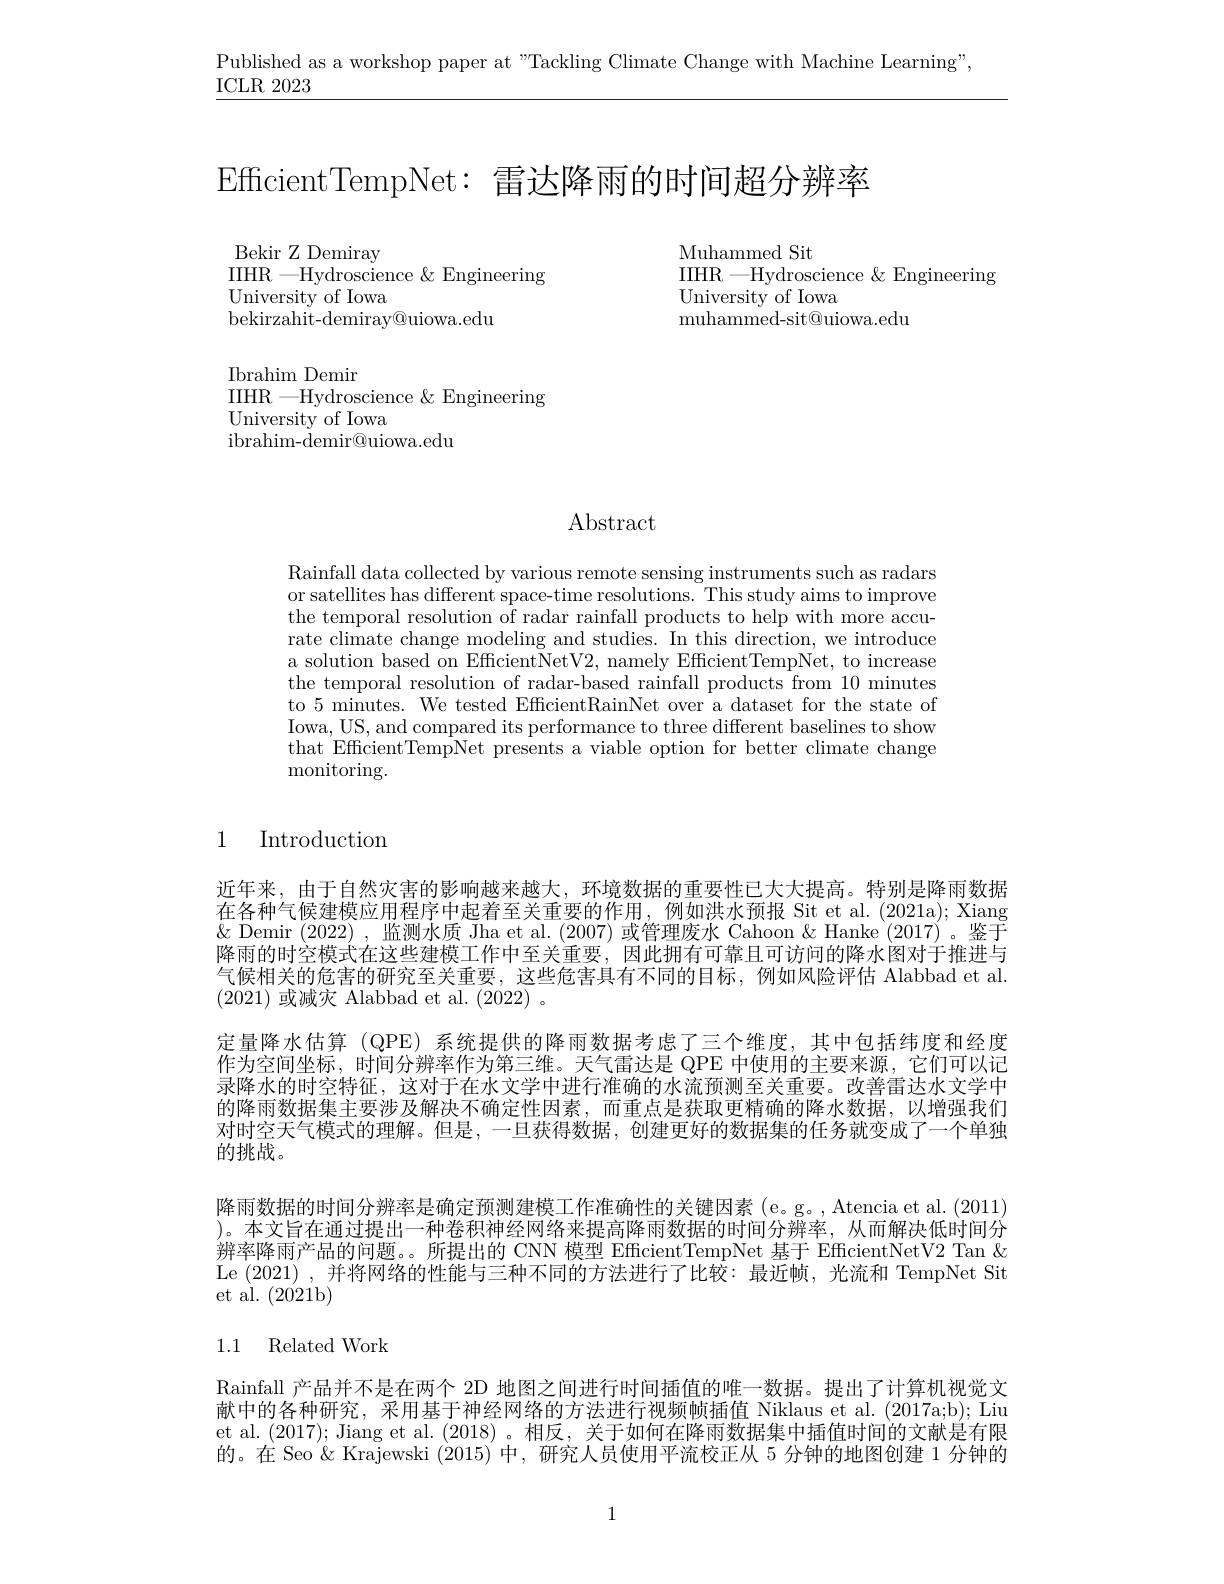
Published as a workshop paper at "Tackling Climate Change with Machine Learning",

ICLR 2023

EfficientTempNet: 雷达降雨的时间超分辨率

${\mathrm{Muhammed~Sit}}$
IIHR —Hydroscience & Engineering
University of Iowa
${\mathrm{muhammed-sit@uiowa.edu}}$

Bekir Z Demiray
IIHR —Hydroscience $\&$ Engineering
University of Iowa
bekirzahit-demiray@uiowa.edu

Ibrahim Demir
IIHR —Hydroscience & Engineering
$\mathop{\mathrm{University~of~Iowa}}$
${\mathrm{ibrahim-demir@uiowa.edu}}$

Abstract

Rainfall data collected by various remote sensing instruments such as radars or satellites has different space-time resolutions. This study aims to improve the temporal resolution of radar rainfall products to help with more accurate climate change modeling and studies. In this direction, we introduce a solution based on EfficientNetV2, namely EfficientTempNet, to increase the temporal resolution of radar-based rainfall products from 10 minutes to 5 minutes. We tested EffcientRainNet over a dataset for the state of Iowa, US, and compared its performance to three different baselines to show that EfficientTempNet presents a viable option for better climate change monitoring.

## 1 Introduction

近年来，由于自然灾害的影响越来越大，环境数据的重要性已大大提高。特别是降雨数据在各种气候建模应用程序中起着至关重要的作用，例如洪水预报 Sit et al. (2021a); Xiang & Q Demir (2022) ,监测水质 Jha et al. (2007) 或管理废水 Cahoon &Hanke (2017) 。鉴于降雨的时空模式在这些建模工作中至关重要，因此拥有可靠且可访问的降水图对于推进与气候相关的危害的研究至关重要，这些危害具有不同的目标，例如风险评估 Alabbad et al. (2021)或减灾 Alabbad et al. (2022) 。
定量降水估算 (QPE) 系统提供的降雨数据考虑了三个维度，其中包括纬度和经度作为空间坐标，时间分辨率作为第三维。天气雷达是 QPE 中使用的主要来源，它们可以记录降水的时空特征，这对于在水文学中进行准确的水流预测至关重要。改善雷达水文学中的降雨数据集主要涉及解决不确定性因素，而重点是获取更精确的降水数据，以增强我们对时空天气模式的理解。但是，一旦获得数据，创建更好的数据集的任务就变成了一个单独的挑战。
降雨数据的时间分辨率是确定预测建模工作准确性的关键因素 (e。g。, Atencia et al. (2011) )。本文旨在通过提出一种卷积神经网络来提高降雨数据的时间分辨率，从而解决低时间分辨率降雨产品的问题。。所提出的 CNN 模型 EfficientTempNet 基于 EfficientNetV2 Tan & Le (2021) ,并将网络的性能与三种不同的方法进行了比较：最近帧，光流和 TempNet Sit et al. (2021b)
1.1 Related Work
Rainfall 产品并不是在两个 2D 地图之间进行时间插值的唯一数据。提出了计算机视觉文

献中的各种研究，采用基于神经网络的方法进行视频帧插值 Niklaus et al. (2017a;b); Liu et al. (2017); Jiang et al. (2018)。相反，关于如何在降雨数据集中插值时间的文献是有限的。在 Seo & Krajewski (2015) 中，研究人员使用平流校正从 5 分钟的地图创建 1 分钟的

1